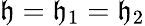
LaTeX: \mathfrak{h}=\mathfrak{h}_{1}=\mathfrak{h}_{2}